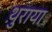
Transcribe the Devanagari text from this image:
थ़ुराया